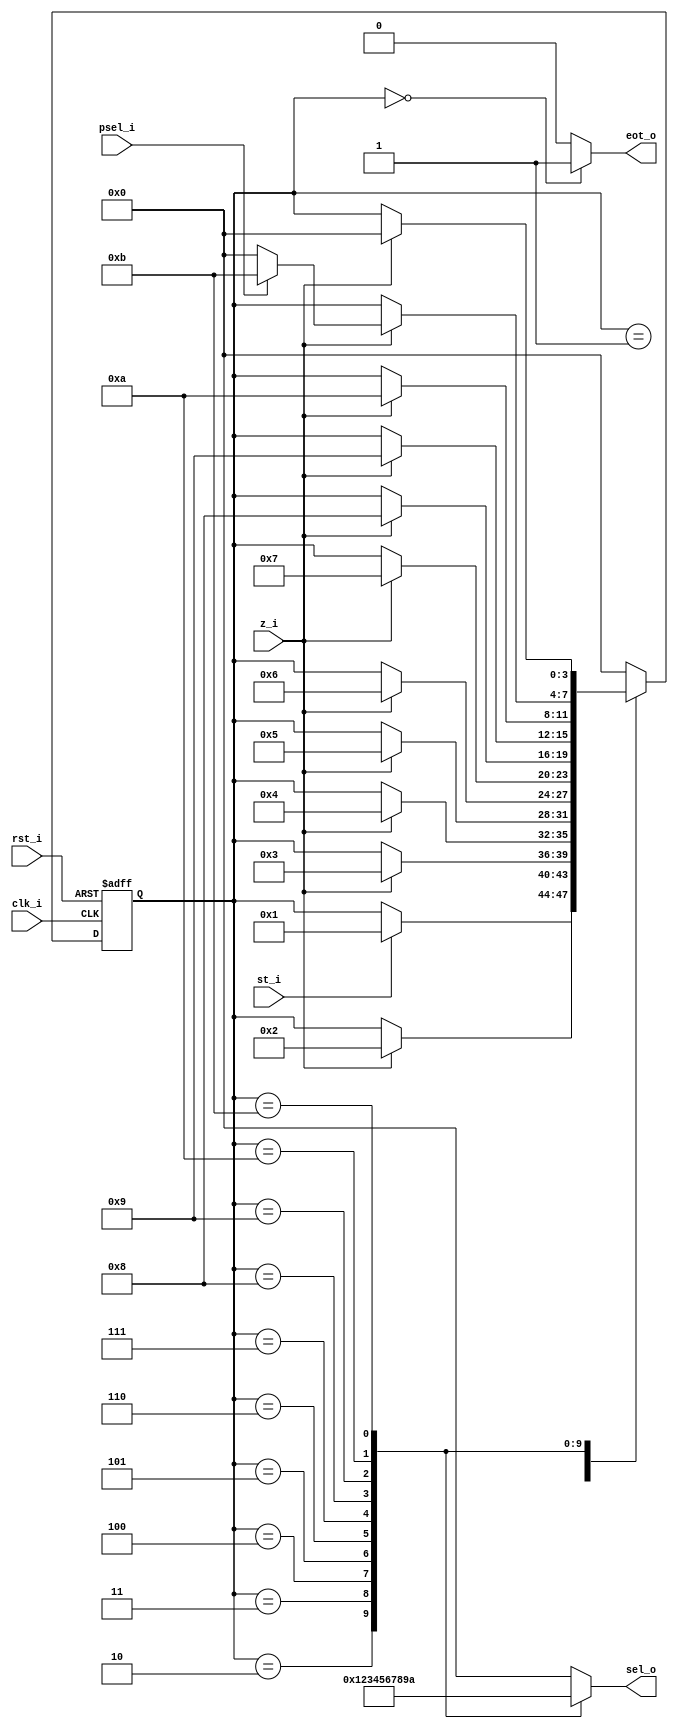
// Name: fsm_tx.v
//
// Description: Maquina de estados de la transmision de datos

module fsm_tx (
  input            clk_i,   // Reloj del sistema
  input            rst_i,   // Reset del sistema
  input            st_i,    // Start
  input            z_i,     // Base de tiempo
  input            psel_i,  // Selector de paridad
  output reg [3:0] sel_o,   // Habilitador de mux
  output reg       eot_o    // Fin de transmision
);

  localparam [3:0] s0  = 4'b0000, // Wait y stop bit
                   s1  = 4'b0001, // Sincronizacion
                   s2  = 4'b0010, // Start bit
                   s3  = 4'b0011, // D0
                   s4  = 4'b0100, // D1
                   s5  = 4'b0101, // D2
                   s6  = 4'b0110, // D3
                   s7  = 4'b0111, // D4
                   s8  = 4'b1000, // D5
                   s9  = 4'b1001, // D6
                   s10 = 4'b1010, // D7
                   s11 = 4'b1011; // Parity

  reg [3:0] present_state, next_state;

  // Logica proximo estado y decodificacion de salida
  always @(st_i, z_i, psel_i, present_state) begin
    next_state = present_state;
    sel_o = 4'b0000; eot_o = 1'b0;
    case (present_state)
      s0 : begin // Wait y stop bit
             sel_o = 4'b0000; eot_o = 1'b1;
             if (st_i)
               next_state = s1;
           end
      s1 : begin // Sincronizacion
             sel_o = 4'b0000; eot_o = 1'b0;
             if (z_i)
               next_state = s2;
           end
      s2 : begin // Start bit
             sel_o = 4'b0001; eot_o = 1'b0;
             if (z_i)
               next_state = s3;
           end
      s3 : begin // D0
             sel_o = 4'b0010; eot_o = 1'b0;
             if (z_i)
               next_state = s4;
           end
      s4 : begin // D1
             sel_o = 4'b0011; eot_o = 1'b0;
             if (z_i)
               next_state = s5;
           end
      s5 : begin // D2
             sel_o = 4'b0100; eot_o = 1'b0;
             if (z_i)
               next_state = s6;
           end
      s6 : begin // D3
             sel_o = 4'b0101; eot_o = 1'b0;
             if (z_i)
               next_state = s7;
           end
      s7 : begin // D4
             sel_o = 4'b0110; eot_o = 1'b0;
             if (z_i)
               next_state = s8;
           end
      s8 : begin // D5
             sel_o = 4'b0111; eot_o = 1'b0;
             if (z_i)
               next_state = s9;
           end
      s9 : begin // D6
             sel_o = 4'b1000; eot_o = 1'b0;
             if (z_i)
               next_state = s10;
           end
     s10 : begin // D7
             sel_o = 4'b1001; eot_o = 1'b0;
             if (z_i) begin
               if (psel_i)
                 next_state = s11;
               else
                 next_state = s0;
             end
           end
     s11 : begin // Paridad
             sel_o = 4'b1010; eot_o = 1'b0;
             if (z_i)
               next_state = s0;
           end
 default : begin // Regresar a S0 por default
             next_state = s0;
           end
    endcase 
  end

  // Registro de estado
  always @(posedge clk_i, posedge rst_i) begin
    if (rst_i)
      present_state <= s0;
    else
      present_state <= next_state;
  end

endmodule